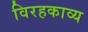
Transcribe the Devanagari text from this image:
विरहकाव्य